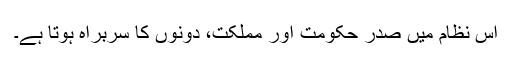
اس نظام میں صدر حکومت اور مملکت، دونوں کا سربراہ ہوتا ہے۔